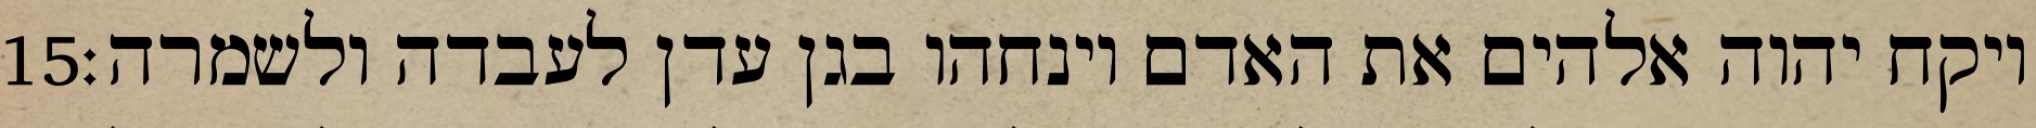
‎15‏ ויקח יהוה אלהים את האדם וינחהו בגן עדן לעבדה ולשמרה׃